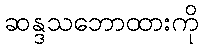
ဆန္ဒသဘောထားကို